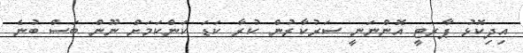
އިދިކޮޅު ޕާރޓީ އޮންނަނީ ސަރުކާރުން ކުރާ ކަޑަ ކަންކަމަށް ނޫން ބަސް ބުނެ